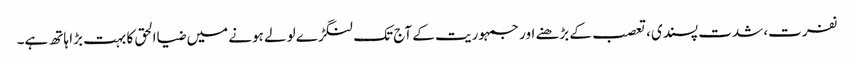
نفرت، شدت پسندی، تعصب کے بڑھنے اور جمہوریت کے آج تک لنگڑے لولے ہونے میں ضیاالحق کا بہت بڑا ہاتھ ہے۔